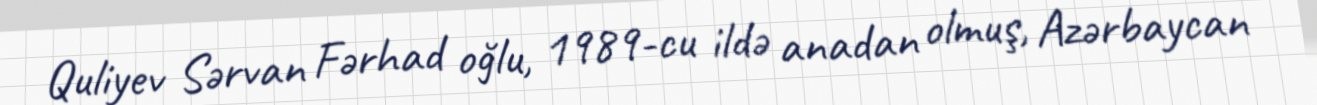
Quliyev Sərvan Fərhad oğlu, 1989-cu ildə anadan olmuş, Azərbaycan